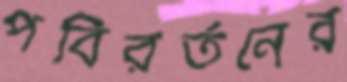
পবিরর্তনের